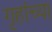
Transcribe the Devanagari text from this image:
गृहांच्या